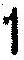
1